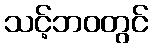
သင့်ဘဝတွင်